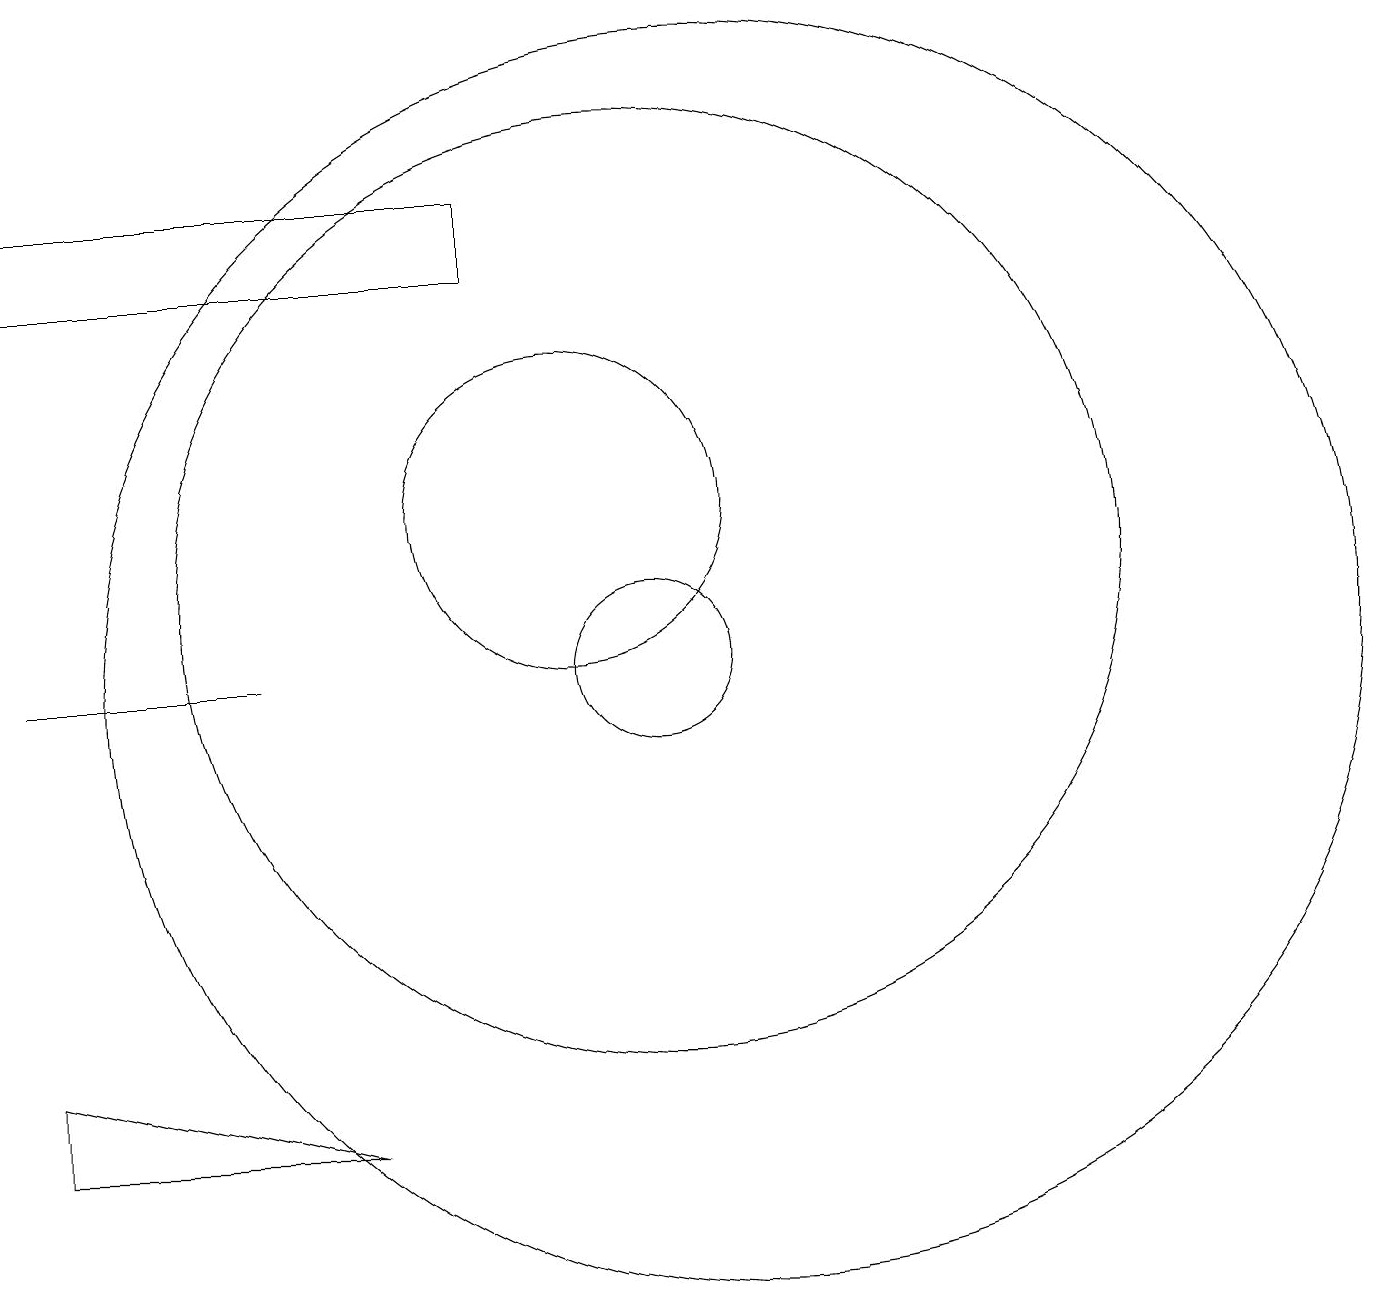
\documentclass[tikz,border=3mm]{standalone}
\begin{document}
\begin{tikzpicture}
\draw (11,10) circle (1);
\draw (9,16) rectangle (3,15);
\draw (3,4) -- (3,5) -- (7,4) -- cycle;
\draw (11,11) circle (6);
\draw (12,11) circle (0);
\draw (12,10) circle (8);
\draw (3,10) rectangle (6,10);
\draw (10,12) circle (2);
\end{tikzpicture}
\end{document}